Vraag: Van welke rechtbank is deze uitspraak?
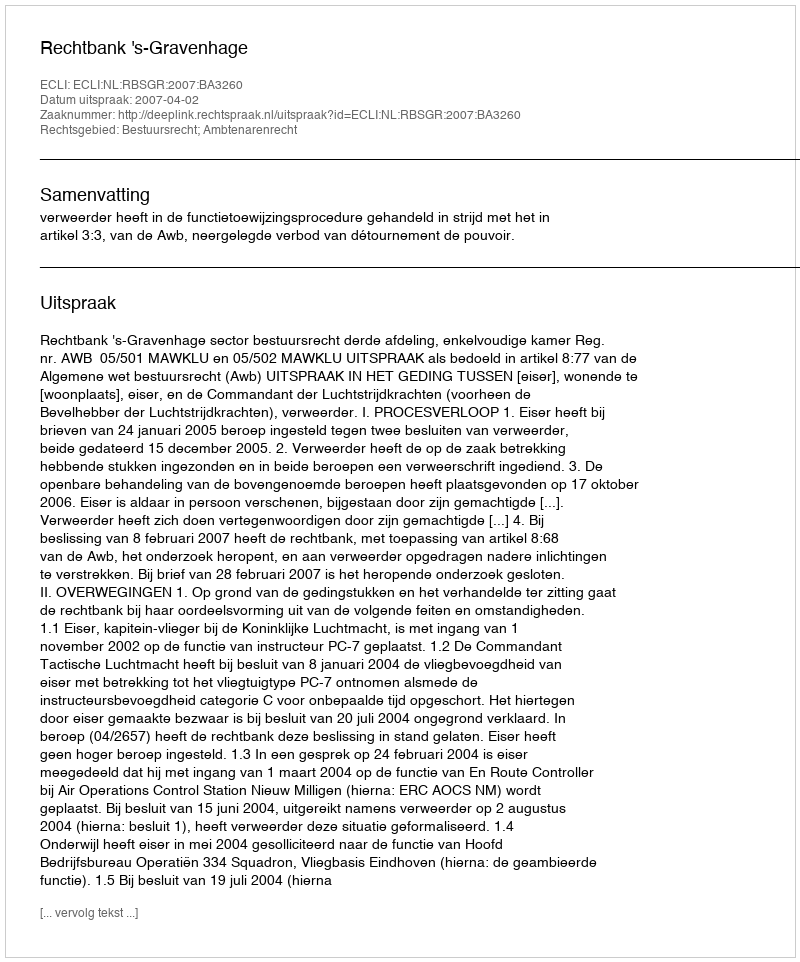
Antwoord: Rechtbank 's-Gravenhage